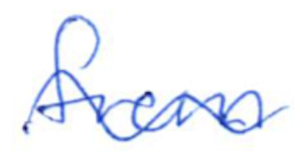
Text: from
Cross-out: wave
Writing tool: ballpoint